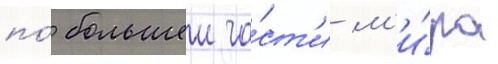
по́ большеи ча́ст'и м'и́ра